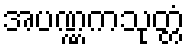
အပဏ္ဏကသုတ္တံ